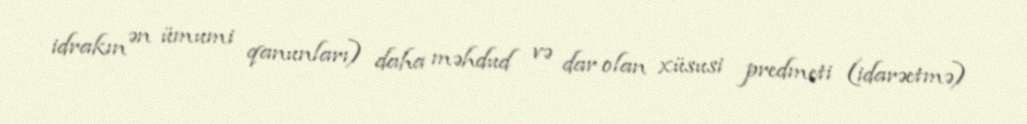
idrakın ən ümumi qanunları) daha məhdud və dar olan xüsusi predmeti (idarəetmə)